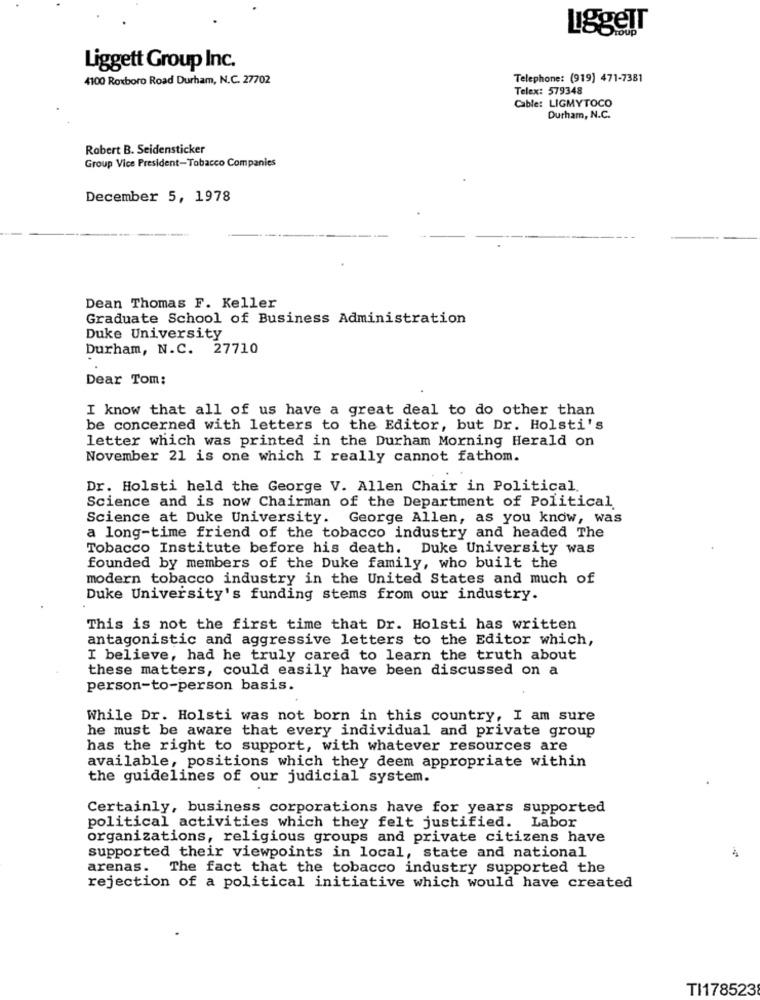
LiggeTT
Liggett Group Inc.
4100 Roxboro Road Durham, N.C. 27702
Telephone: (919) 471-7381
Telex: 579348
Cable: LIGMYTOCO
Durham, N.C.
Robert B. Seidensticker
Group Vice President-Tobacco Companies
December 5, 1978
Dean Thomas F. Keller
Graduate School of Business Administration
Duke University
Durham, N.C. 27710
Dear Tom:
I know that all of us have a great deal to do other than
be concerned with letters to the Editor, but Dr. Holsti's
letter which was printed in the Durham Morning Herald on
November 21 is one which I really cannot fathom.
Dr. Holsti held the George V. Allen Chair in Political
Science and is now Chairman of the Department of Political
Science at Duke University. George Allen, as you know, was
a long-time friend of the tobacco industry and headed The
Tobacco Institute before his death. Duke University was
founded by members of the Duke family, who built the
modern tobacco industry in the United States and much of
Duke University's funding stems from our industry.
This is not the first time that Dr. Holsti has written
antagonistic and aggressive letters to the Editor which,
I believe, had he truly cared to learn the truth about
these matters, could easily have been discussed on a
person-to-person basis.
While Dr. Holsti was not born in this country, I am sure
he must be aware that every individual and private group
has the right to support, with whatever resources are
available, positions which they deem appropriate within
the guidelines of our judicial system.
Certainly, business corporations have for years supported
political activities which they felt justified. Labor
organizations, religious groups and private citizens have
supported their viewpoints in local, state and national
arenas. The fact that the tobacco industry supported the
rejection of a political initiative which would have created
TI178523